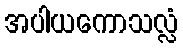
အပါယကောသလ္လံ